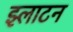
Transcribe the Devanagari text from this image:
झ्लाटन